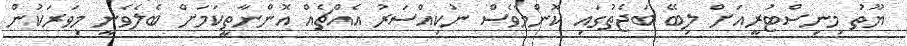
ޔޫތު މިނިސްޓުރީއަށް ލިބޭ ބަޖެތުގައި ކޮންމެވެސް ނުކިއްސަރު އެއްޗެއް އޮންނާތީކަމަށް ބެލެވެނީ މިވަރަކުން